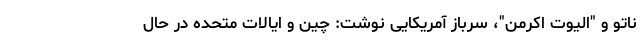
ناتو و "الیوت اکرمن"، سرباز آمریکایی نوشت: چین و ایالات متحده در حال